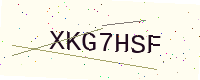
Text: XKG7HSF